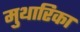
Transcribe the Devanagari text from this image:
मुथारिका